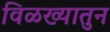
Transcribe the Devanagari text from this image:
विळख्यातुन